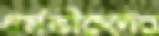
ধর্মভীরুদের